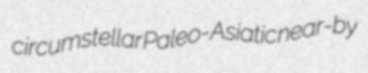
circumstellar Paleo-Asiatic near-by